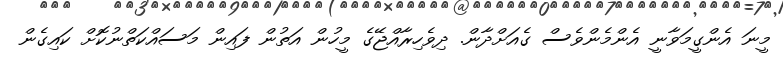
މީނަ އެންގީމަވާނީ އެންމެންވެސް ގެއަށްދާން. ދިވެހިރާއްޖޭގެ މީހުން އަތުން ފައިން މަސައްކަތްނުކޮށް ކައިގެން